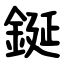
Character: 鋋